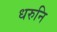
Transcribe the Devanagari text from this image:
धरुनि